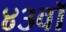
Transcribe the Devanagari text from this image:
४३वॉ